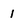
Character: 1